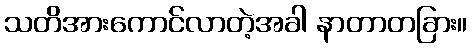
သတိအားကောင်လာတဲ့အခါ နာတာတခြား။